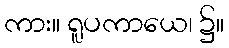
ကား။ ရူပကာယေ၊ ၌။